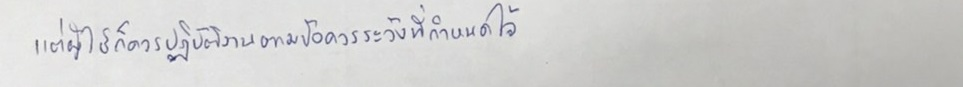
แต่ผู้ใช้ก็ควรปฏิบัติงานตามข้อควรระวังที่กำหนดไว้